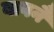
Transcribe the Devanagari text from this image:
बावनै